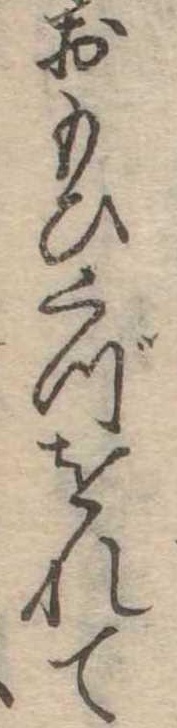
おもひくづをれて